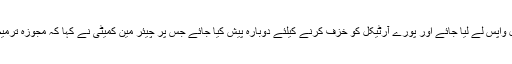
سیکریٹری قانون نے کہا کہ بل واپس لے لیا جائے اور پورے آرٹیکل کو خزف کرنے کیلئے دوبارہ پیش کیا جائے جس پر چیئر مین کمیٹی نے کہا کہ مجوزہ ترمیم سے پنڈورہ بکس کھل جائیگا۔